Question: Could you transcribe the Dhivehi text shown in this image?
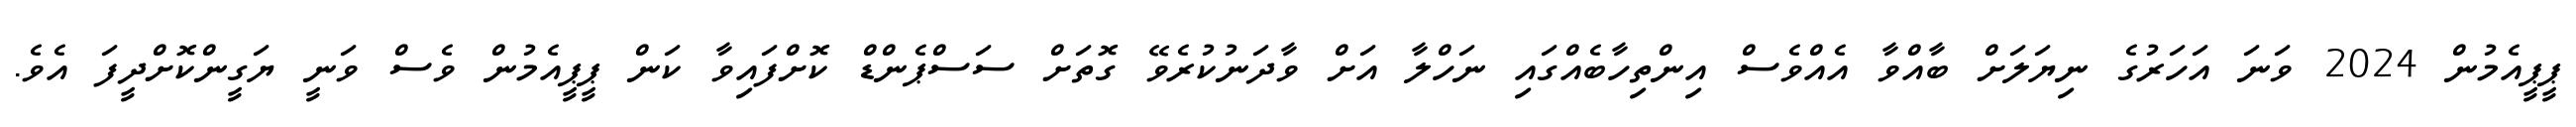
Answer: ޕީޕީއެމުން 2024 ވަނަ އަހަރުގެ ނިޔަލަށް ބާއްވާ އެއްވެސް އިންތިހާބެއްގައި ނަހްލާ އަށް ވާދަނުކުރެވޭ ގޮތަށް ސަސްޕެންޑް ކޮށްފައިވާ ކަން ޕީޕީއެމުން ވެސް ވަނީ ޔަގީންކޮށްދީފަ އެވެ.